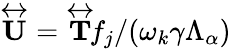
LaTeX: \overleftrightarrow{\mathbf{U}}=\overleftrightarrow{\mathbf{T}}\! f_{j}/(\omega_{k}\gamma\Lambda_{\alpha})